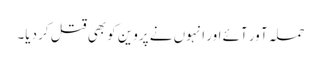
حملہ آ ور آئے اور انہوں نے پروین کو بھی قتل کر دیا۔